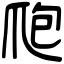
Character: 爮